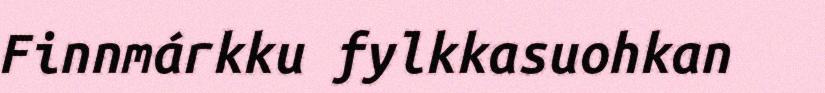
Finnmárkku fylkkasuohkan